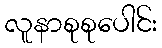
လူနာစုစုပေါင်း